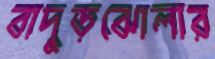
বাদুড়ঝোলার